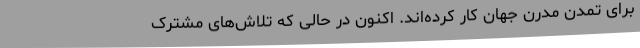
برای تمدن مدرن جهان کار کرده‌اند. اکنون در حالی که تلاش‌های مشترک